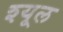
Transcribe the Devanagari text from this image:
श्यूल